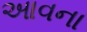
આવના